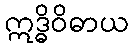
ဣဒ္ဓိဝိဓာယ